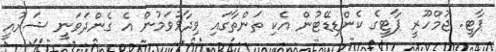
ޕާޓީ. ޖުމްހޫރީ ޕާޓީގެ ކެންޑިޑޭޓުން އެކި ތަންތާގައި ވިދާޅުވަމުން އެ ގެންދަވަނީ ޝަރުއީ